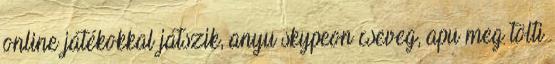
online játékokkal játszik, anyu skypeon cseveg, apu meg tölti